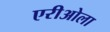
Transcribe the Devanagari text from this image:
एरीओला